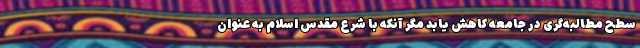
سطح مطالبه‌گری در جامعه کاهش یابد مگر آنکه با شرع مقدس اسلام به عنوان